Leaving Certificate Examination (including Day School Certificate (Higher) General paper), 1934
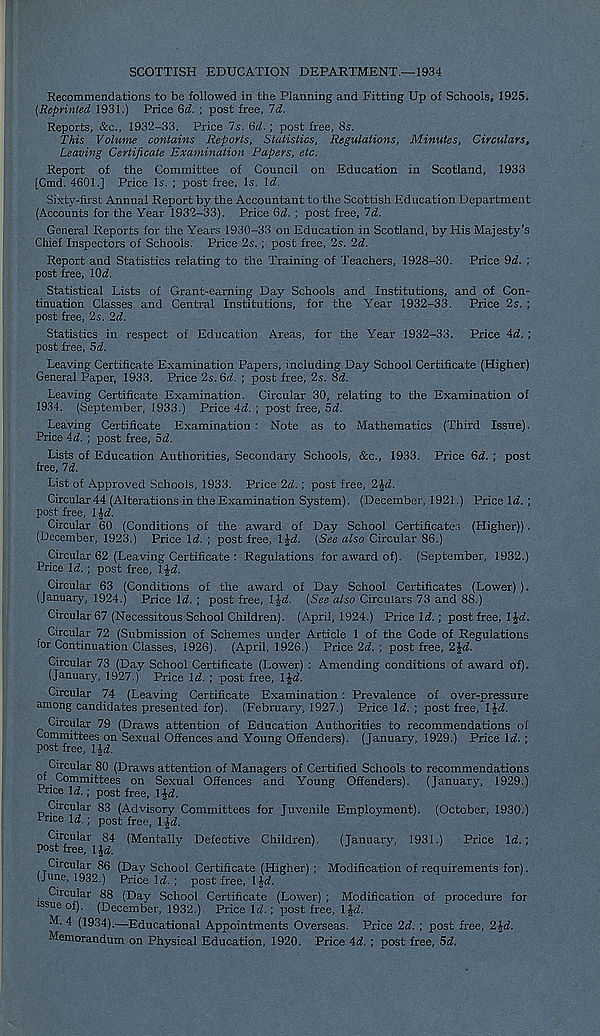
SCOTTISH EDUCATION DEPARTMENT.—1934
Recommendations to be followed in the Planning and Fitting Up of Schools, 1925.
(Reprinted 1931.) Price dd. ; post free, 7d.
Reports, &c., 1932-33. Price Is. 6d.; post free, 8s.
T/tis Volume contains Reports, Statistics, Regulations, Minutes, Circulars,
Leaving Certificate Examination Papers, etc.
Report of the Committee of Council on Education in Scotland, 1933
[Cmd. 4601.] Price Is. ; post free. Is. \d.
Sixty-first Annual Report by the Accountant to the Scottish Education Department
(Accounts for the Year 1932-33). Price dd. ; post free, Id.
General Reports for the Years 1930-33 on Education in Scotland, by His Majesty’s
Chief Inspectors of Schools. Price 2s. ; post free, 2s. Id.
Report and Statistics relating to the Training of Teachers, 1928-30. Price 9<f. ;
post free, 10a!.
Statistical Lists of Grant-earning Day Schools and Institutions, and of Con-
tinuation Classes and Central Institutions, for the Year 1932-33. Price 2s. ;
post free, 2s. ‘Id.
Statistics in respect of Education Areas, for the Year 1932-33. Price \d. ;
post free, 5d.
Leaving Certificate Examination Papers, including Day School Certificate (Higher)
General Paper, 1933. Price 2s. 6d. ; post free, 2s. 8d.
Leaving Certificate Examination. Circular 30, relating to the Examination of
1934. (September, 1933.) Price 4d. ; post free, 5d.
Leaving Certificate Examination : Note as to Mathematics (Third Issue).
Price 4d. ; post free, 5d.
Lists of Education Authorities, Secondary Schools, &c., 1933. Price 6d. ; post
free, 7d.
List of Approved Schools, 1933. Price 2d.; post free, 2\d.
Circular 44 (Alterations in the Examination System). (December, 1921.) Price Id. ;
post free, 1 id.
Circular 60 (Conditions of the award of Day School Certificates (Higher)).
(December, 1923.) Price Id. ; post free, l£d. (See also Circular 86.)
Circular 62 (Leaving Certificate : Regulations for award of). (September, 1932.)
Price Id. ; post free, lid.
Circular 63 (Conditions of the award of Day School Certificates (Lower) ).
(January, 1924.) Price Id. ; post free, lid. (See also Circulars 73 and 88.)
Circular 67 (Necessitous School Children). (April, 1924.) Price li.; post free, IJrf.
Circular 72 (Submission of Schemes under Article 1 of the Code of Regulations
for Continuation Classes, 1926). (April, 1926.) Price 2d. ; post free, 2Jd.
Circular 73 (Day School Certificate (Lower) : Amending conditions of award of).
(January, 1927.) Price lit. ; post free, IJit.
Circular 74 (Leaving Certificate Examination : Prevalence of over-pressure
among candidates presented for). (February, 1927.) Price lit. ; post free, 1 |it.
Circular 79 (Draws attention of Education Authorities to recommendations of
Committees on Sexual Offences and Young Offenders). (January, 1929.) Price lit. ;
post free, Hi.
Circular 80 (Draws attention of Managers of Certified Schools to recommendations
or Committees on Sexual Offences and Young Offenders). (January, 1929.)
Price lit.; post free, Hit.
Circular 83 (Advisory Committees for Juvenile Employment). (October, 1930.)
p nce lit.; post free, l/it.
V y
J \
Circular 84 (Mentally Defective Children). (January, 1931.) Price lit. ;
Post free. Hit.
i
y
/
Circular 86 (Day School Certificate (Higher) ; Modification of requirements for).
(June, 1932.) Price lit. ; post free, 1 Jit.
Circular 88 (Day School Certificate (Lower) ; Modification of procedure for
issue of). (December, 1932.) Price lit.; post free, lid.
4 (1934).—Educational Appointments Overseas. Price 2it. ; post free, 2Jit.
Memorandum on Physical Education, 1920. Price 4it. ; post free, 5d.